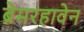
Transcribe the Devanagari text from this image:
ब्रेमरहावेन